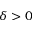
\delta > 0